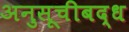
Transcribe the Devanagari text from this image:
अनुसूचीबद्ध